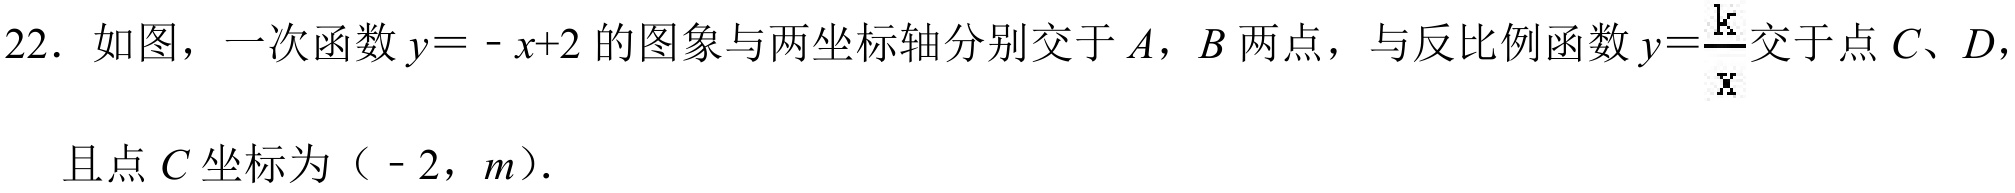
22. 如图，一次函数\(y = -x + 2\)的图象与两坐标轴分别交于\(A\)，\(B\)两点，与反比例函数\(y=\frac{k}{x}\)交于点\(C、D\)，且点\(C\)坐标为（\(-2\)，\(m\)）.